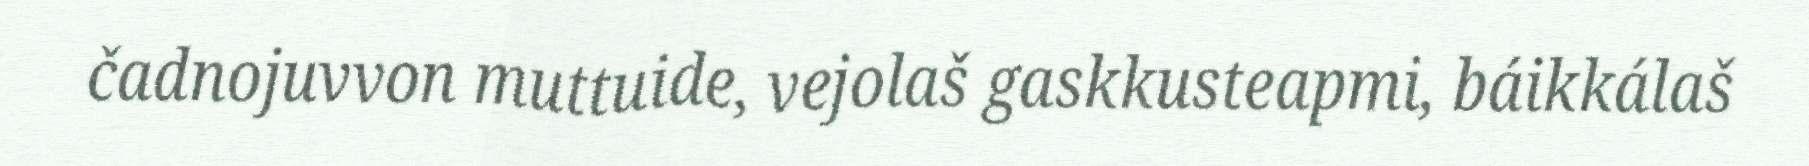
čadnojuvvon muttuide, vejolaš gaskkusteapmi, báikkálaš